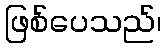
ဖြစ်ပေသည်၊